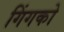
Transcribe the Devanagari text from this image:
गिंगको